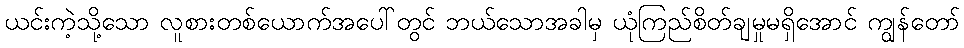
ယင်းကဲ့သို့သော လူစားတစ်ယောက်အပေါ်တွင် ဘယ်သောအခါမှ ယုံကြည်စိတ်ချမှုမရှိအောင် ကျွန်တော်